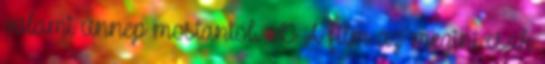
valami ünnep mostantól. :D A film az megint csak